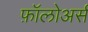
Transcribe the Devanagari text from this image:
फ़ॉलोअर्स